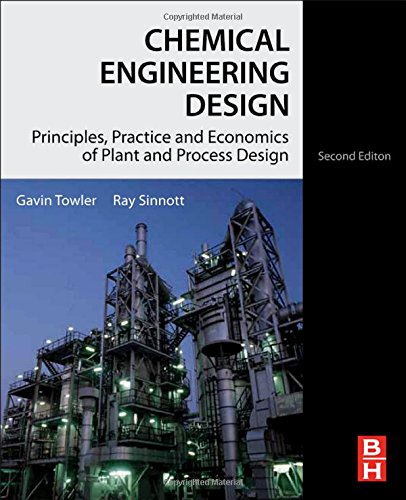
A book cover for Chemical Engineering Design, Second Edition: Principles, Practice and Economics of Plant and Process Design; Gavin Towler Ph.D.; Engineering & Transportation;